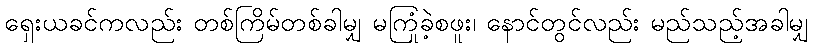
ရှေးယခင်ကလည်း တစ်ကြိမ်တစ်ခါမျှ မကြုံခဲ့စဖူး၊ နောင်တွင်လည်း မည်သည့်အခါမျှ